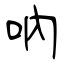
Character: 吶